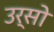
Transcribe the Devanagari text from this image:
उर्सो